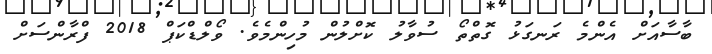
ބާސާއަށް އެންމެ ރަނގަޅު ގޮތްތޯ ސުވާލު ކޮށްލުން މުހިންމެވެ. ވޯލްޑްކަޕް 2018 ފްރާންސަށް